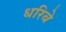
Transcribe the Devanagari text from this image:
धरिबे